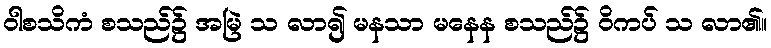
ဝါစသိကံ စသည်၌ အမြဲ သ လာ၍ မနသာ မနေန စသည်၌ ဝိကပ် သ လာ၏။